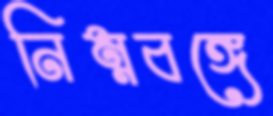
নিম্নবঙ্গে